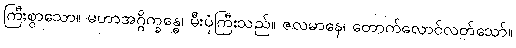
ကြီးစွာသော။ မဟာအဂ္ဂိက္ခန္ဓေ၊ မီးပုံကြီးသည်။ ဇလမာနေ၊ တောက်လောင်လတ်သော်။